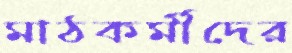
মাঠকর্মীদের